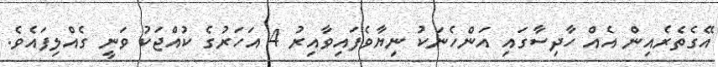
އޭގެތެރެއިން އެއް ހާދިސާގައި އަންހެނަކު ނިޔާވެފައިވާއިރު 4 އަހަރުގެ ކުއްޖަކު ވަނީ ގެއްލިފައެވެ.